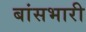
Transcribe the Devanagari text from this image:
बांसभारी